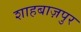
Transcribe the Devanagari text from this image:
शाहबाज़पुर